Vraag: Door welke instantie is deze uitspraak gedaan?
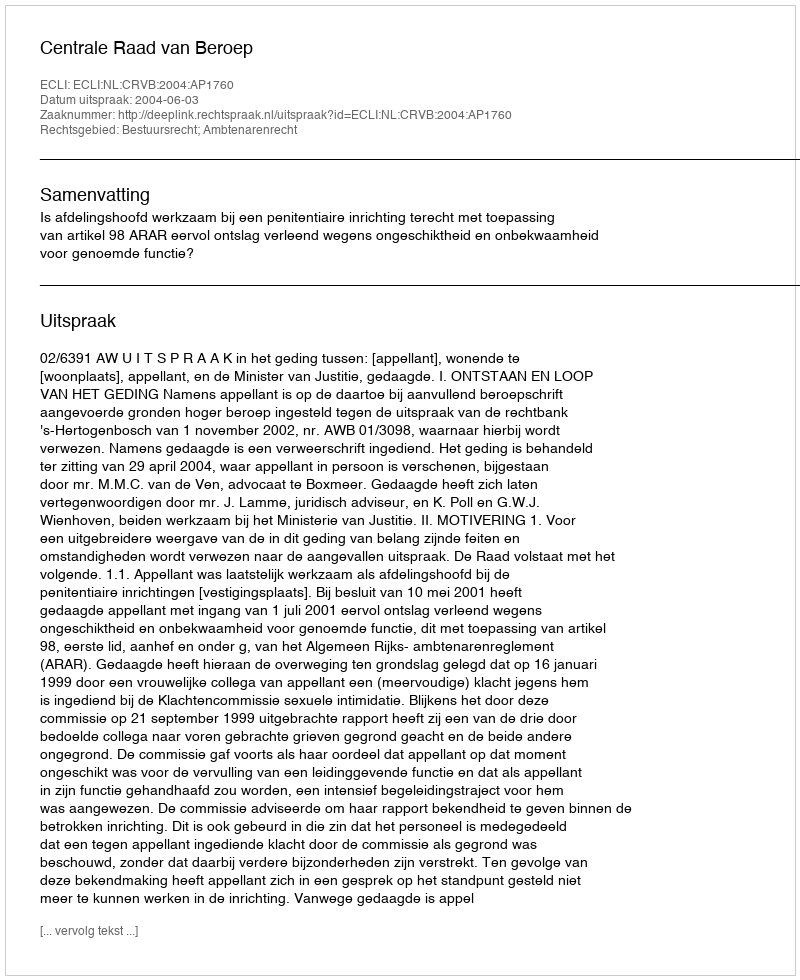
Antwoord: Centrale Raad van Beroep